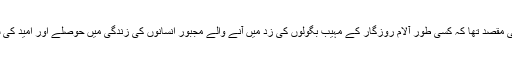
ان کی زندگی کا ایک ہی مقصد تھا کہ کسی طور آلام روزگار کے مہیب بگولوں کی زد میں آنے والے مجبور انسانوں کی زندگی میں حوصلے اور امید کی شمع فروزاں کی جائے۔